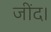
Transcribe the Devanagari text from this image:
जींद।